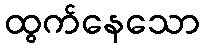
ထွက်နေသော